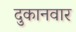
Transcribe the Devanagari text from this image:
दुकानवार